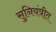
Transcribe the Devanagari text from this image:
सुनियंत्रीत